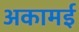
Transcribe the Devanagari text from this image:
अकामई